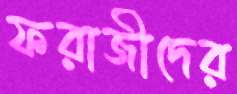
ফরাজীদের